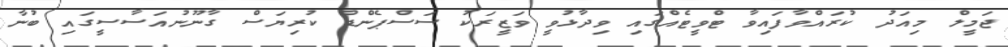
ޖަމީލް މިއަދު ކުރައްވާފައިވާ ޓްވީޓެއްގައި ވިދާޅުވީ ވަޒީރަކު ސަސްޕެންޑް ކުރިޔަސް ގާނޫނުއަސާސީގައި ބުނާ